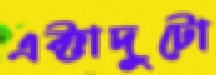
এক্টাদুটো